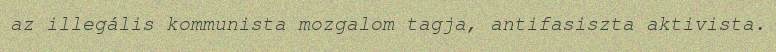
az illegális kommunista mozgalom tagja, antifasiszta aktivista.